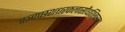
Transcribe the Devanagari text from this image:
चञ्चच्छशधरकलासौधशिखरम्।